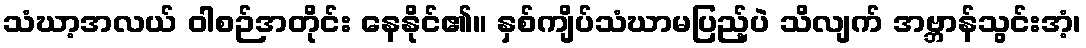
သံဃာ့အလယ် ဝါစဉ်အတိုင်း နေနိုင်၏။ နှစ်ကျိပ်သံဃာမပြည့်ပဲ သိလျက် အဗ္ဘာန်သွင်းအံ့၊